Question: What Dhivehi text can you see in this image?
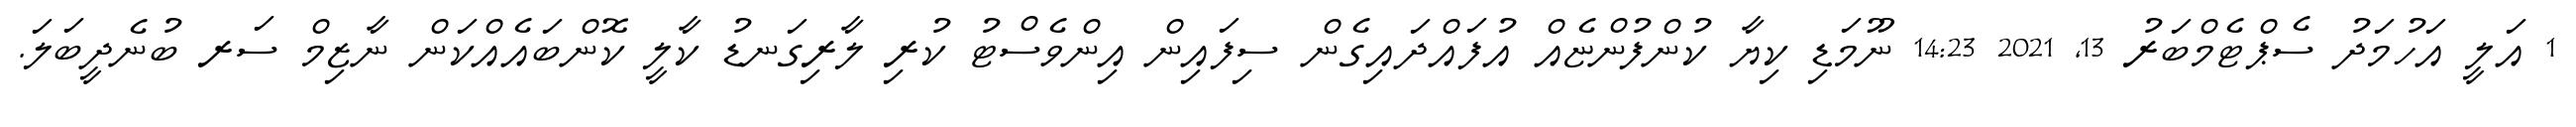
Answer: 1 އަލީ އަހުމަދު ސެޕްޓެމްބަރު 13, 2021 14:23 ނޫމަޑި ކިޔާ ކުންފުންޏެއް އުފައްދައިގެން ސިފައިން އިންވެސްޓު ކުރި ލާރިގަނޑު ކާލީ ކޮންބައެއްކަން ނާޒިމް ސަރ ބުނެދީބަލަ.